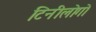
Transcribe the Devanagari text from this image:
टिनीलोगो